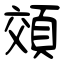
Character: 頝